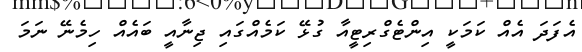
އެފަދަ އެއް ކަމަކީ އިންޓެގްރިޓީއާ ގުޅޭ ކަމެއްގައި ޖިނާއީ ބައެއް ހިމެނޭ ނަމަ